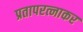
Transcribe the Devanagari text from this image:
प्रतापरत्नाकर